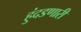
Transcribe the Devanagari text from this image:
हुंदडणारी